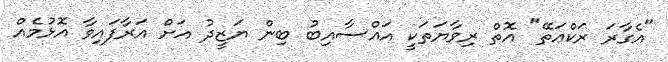
"އެގާރަ ރަކްޢަތޭ" އޮތް ރިވާޔަތަކީ އައްސާއިބު ބިން ޔަޒީދު އަށް އަރާފައިވާ އޮޅުމެއް